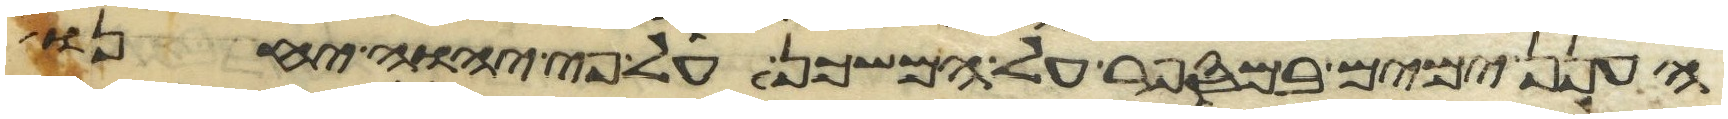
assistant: הענן ימים במספר על המשכן על פי יהוה יחנו